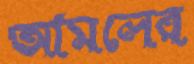
আমলের